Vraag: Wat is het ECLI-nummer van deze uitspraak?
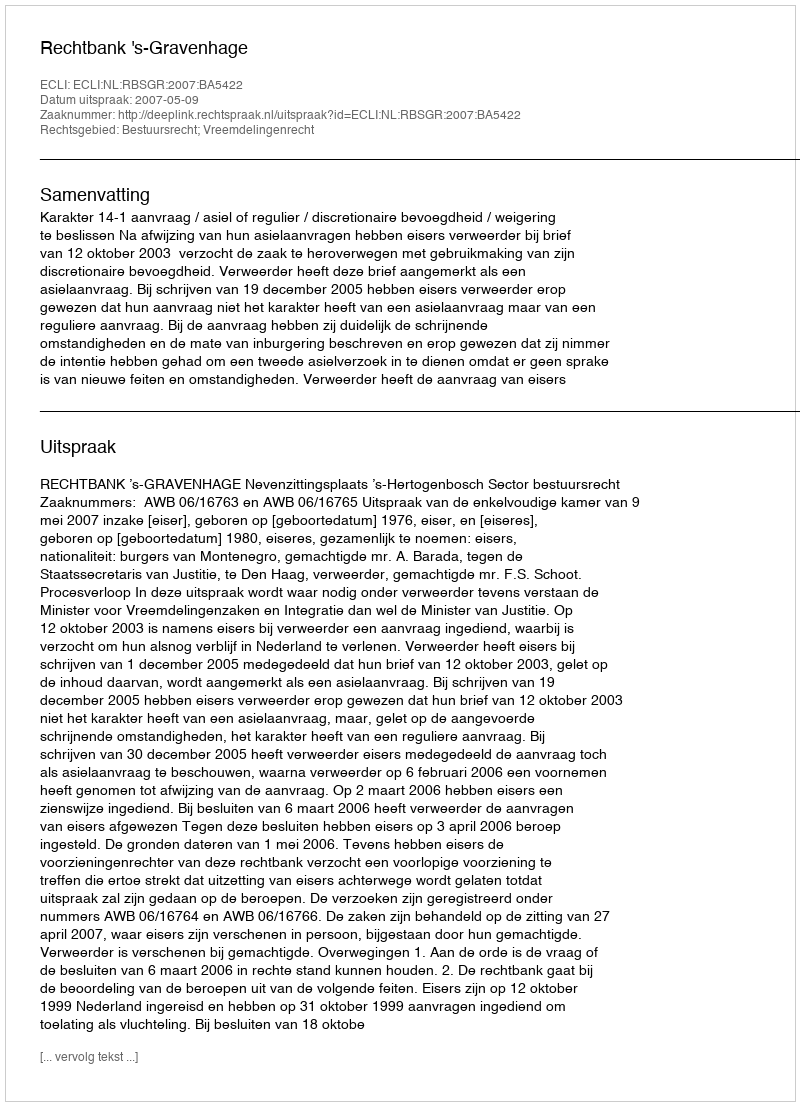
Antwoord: ECLI:NL:RBSGR:2007:BA5422